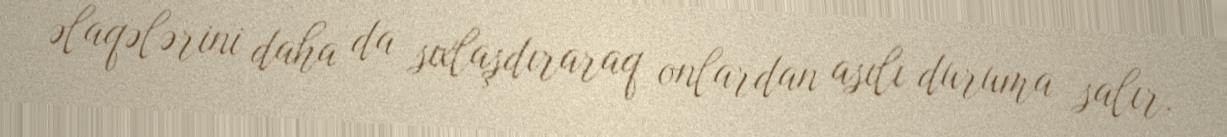
əlaqələrini daha da sıxlaşdıraraq onlardan asılı duruma salır.